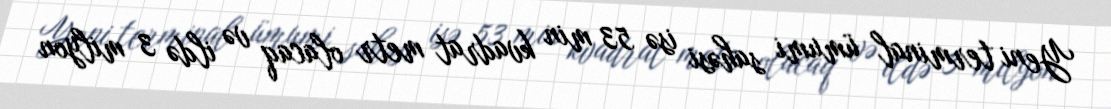
Yeni terminal ümumi sahəsi isə 53 min kvadrat metr olacaq və ildə 3 milyon